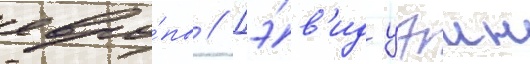
евро́пы // Дэ́в'ид уэин